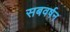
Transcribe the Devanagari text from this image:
सबवर्षन